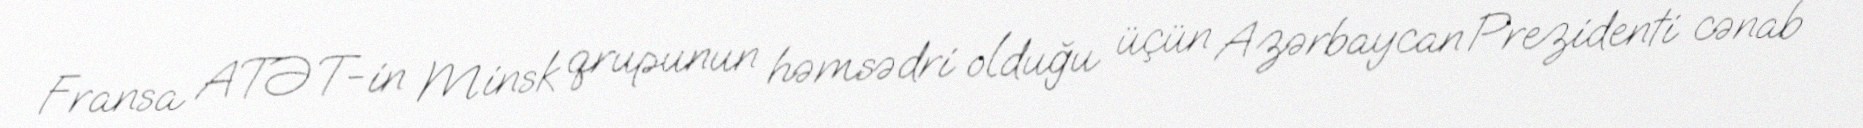
Fransa ATƏT-in Minsk qrupunun həmsədri olduğu üçün Azərbaycan Prezidenti cənab